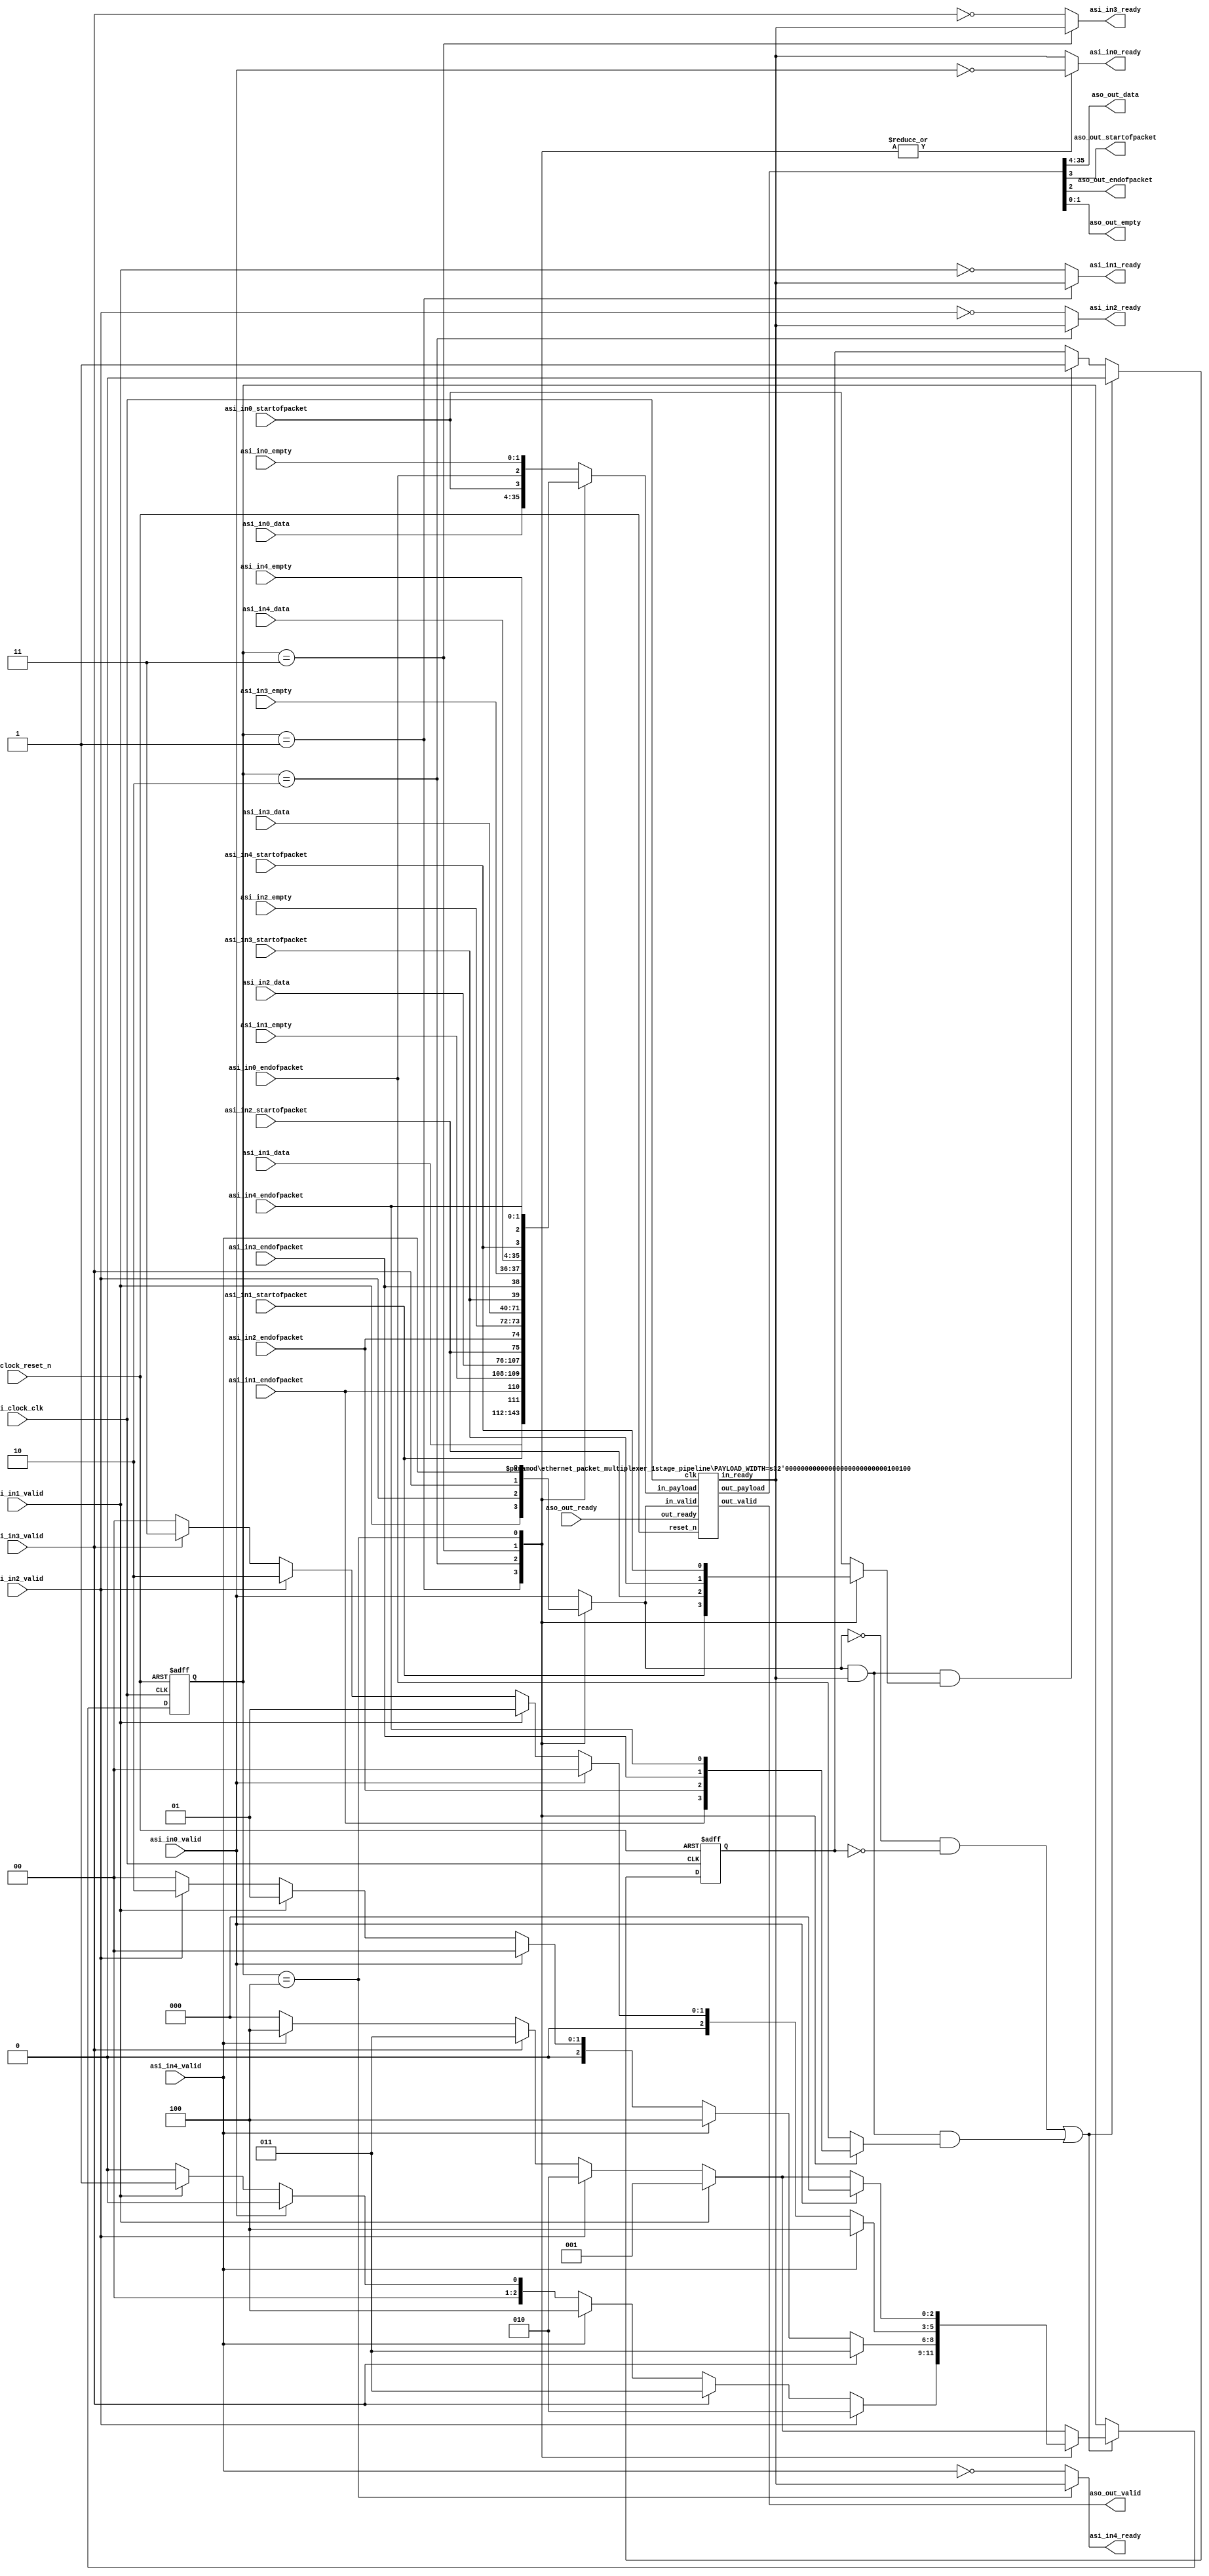
//
//  ethernet_packet_multiplexer
//
//  This component multiplexes 5 Avalon ST sink interfaces out one Avalon ST
//  source interface.  Once a pending channel is selected to transmit its data,
//  the mux allows the entire packet from that channel to transmit out the
//  source interface.  There is no arbitration applied to the multiplexing
//  schedule, it follows a simple round robin schedule of pending channels.
//
module ethernet_packet_multiplexer (    
    
      // Interface: clk
      input              csi_clock_clk,
      input              csi_clock_reset_n,
      // Interface: in0
      input              asi_in0_valid,
      output reg         asi_in0_ready,
      input      [31: 0] asi_in0_data,
      input              asi_in0_startofpacket,
      input              asi_in0_endofpacket,
      input      [ 1: 0] asi_in0_empty,
      // Interface: in1
      input              asi_in1_valid,
      output reg         asi_in1_ready,
      input      [31: 0] asi_in1_data,
      input              asi_in1_startofpacket,
      input              asi_in1_endofpacket,
      input      [ 1: 0] asi_in1_empty,
      // Interface: in2
      input              asi_in2_valid,
      output reg         asi_in2_ready,
      input      [31: 0] asi_in2_data,
      input              asi_in2_startofpacket,
      input              asi_in2_endofpacket,
      input      [ 1: 0] asi_in2_empty,
      // Interface: in3
      input              asi_in3_valid,
      output reg         asi_in3_ready,
      input      [31: 0] asi_in3_data,
      input              asi_in3_startofpacket,
      input              asi_in3_endofpacket,
      input      [ 1: 0] asi_in3_empty,
      // Interface: in4
      input              asi_in4_valid,
      output reg         asi_in4_ready,
      input      [31: 0] asi_in4_data,
      input              asi_in4_startofpacket,
      input              asi_in4_endofpacket,
      input      [ 1: 0] asi_in4_empty,
      // Interface: out
      output reg         aso_out_valid,
      input              aso_out_ready,
      output reg [31: 0] aso_out_data,
      output reg         aso_out_startofpacket,
      output reg         aso_out_endofpacket,
      output reg [ 1: 0] aso_out_empty
);

   // ---------------------------------------------------------------------
   //| Signal Declarations
   // ---------------------------------------------------------------------
   reg  [35: 0] asi_in0_payload;
   reg  [35: 0] asi_in1_payload;
   reg  [35: 0] asi_in2_payload;
   reg  [35: 0] asi_in3_payload;
   reg  [35: 0] asi_in4_payload;

   reg  [ 2: 0] decision = 0;      
   reg  [ 2: 0] select = 0;
   reg          selected_endofpacket = 0;
   reg          selected_startofpacket = 0;
   reg          selected_valid;
   wire         selected_ready;
   reg  [35: 0] selected_payload;
   reg  [ 1: 0] counter;

   reg          in_a_packet;
   wire         out_valid_wire;
   
   wire [35: 0] out_payload;

   // ---------------------------------------------------------------------
   //| Input Mapping
   // ---------------------------------------------------------------------
   always @* begin
     asi_in0_payload <= {asi_in0_data,asi_in0_startofpacket,asi_in0_endofpacket,asi_in0_empty};
     asi_in1_payload <= {asi_in1_data,asi_in1_startofpacket,asi_in1_endofpacket,asi_in1_empty};
     asi_in2_payload <= {asi_in2_data,asi_in2_startofpacket,asi_in2_endofpacket,asi_in2_empty};
     asi_in3_payload <= {asi_in3_data,asi_in3_startofpacket,asi_in3_endofpacket,asi_in3_empty};
     asi_in4_payload <= {asi_in4_data,asi_in4_startofpacket,asi_in4_endofpacket,asi_in4_empty};
   end
   
   // ---------------------------------------------------------------------
   //| Scheduling Algorithm
   // ---------------------------------------------------------------------
   always @* begin
         
      decision <= 0;
      case(select) 
         0 : begin
            if (asi_in0_valid) decision <= 0;
            if (asi_in4_valid) decision <= 4;
            if (asi_in3_valid) decision <= 3;
            if (asi_in2_valid) decision <= 2;
            if (asi_in1_valid) decision <= 1;
         end  
         1 : begin
            if (asi_in1_valid) decision <= 1;
            if (asi_in0_valid) decision <= 0;
            if (asi_in4_valid) decision <= 4;
            if (asi_in3_valid) decision <= 3;
            if (asi_in2_valid) decision <= 2;
         end  
         2 : begin
            if (asi_in2_valid) decision <= 2;
            if (asi_in1_valid) decision <= 1;
            if (asi_in0_valid) decision <= 0;
            if (asi_in4_valid) decision <= 4;
            if (asi_in3_valid) decision <= 3;
         end  
         3 : begin
            if (asi_in3_valid) decision <= 3;
            if (asi_in2_valid) decision <= 2;
            if (asi_in1_valid) decision <= 1;
            if (asi_in0_valid) decision <= 0;
            if (asi_in4_valid) decision <= 4;
         end  
         4 : begin
            if (asi_in4_valid) decision <= 4;
            if (asi_in3_valid) decision <= 3;
            if (asi_in2_valid) decision <= 2;
            if (asi_in1_valid) decision <= 1;
            if (asi_in0_valid) decision <= 0;
         end  
         default : begin // Same as '0', should never get used.
            if (asi_in0_valid) decision <= 0;
            if (asi_in4_valid) decision <= 4;
            if (asi_in3_valid) decision <= 3;
            if (asi_in2_valid) decision <= 2;
            if (asi_in1_valid) decision <= 1;
         end  
      endcase   
   end

   // ---------------------------------------------------------------------
   //| Capture Decision
   // ---------------------------------------------------------------------
   always @ (negedge csi_clock_reset_n, posedge csi_clock_clk) begin
      if (!csi_clock_reset_n) begin
         select <= 0;
         in_a_packet <= 0;
      end else begin
         if (
                ((selected_valid == 0) && (in_a_packet == 0)) || 
                ((selected_valid == 1) && (selected_ready == 1) && (selected_endofpacket))
            ) begin
            select <= decision;
            in_a_packet <= 0;
         end
         else if ((selected_valid == 1) && (selected_ready == 1) && (selected_startofpacket)) begin
            in_a_packet <= 1;
         end
      end
   end

   // ---------------------------------------------------------------------
   //| Mux
   // ---------------------------------------------------------------------
   always @* begin
      case(select) 
         0 : begin
            selected_payload <= asi_in0_payload;         
            selected_valid   <= asi_in0_valid;
            selected_endofpacket <= asi_in0_endofpacket;
            selected_startofpacket <= asi_in0_startofpacket;
         end  
         1 : begin
            selected_payload <= asi_in1_payload;         
            selected_valid   <= asi_in1_valid;
            selected_endofpacket <= asi_in1_endofpacket;
            selected_startofpacket <= asi_in1_startofpacket;
         end  
         2 : begin
            selected_payload <= asi_in2_payload;         
            selected_valid   <= asi_in2_valid;
            selected_endofpacket <= asi_in2_endofpacket;
            selected_startofpacket <= asi_in2_startofpacket;
         end  
         3 : begin
            selected_payload <= asi_in3_payload;         
            selected_valid   <= asi_in3_valid;
            selected_endofpacket <= asi_in3_endofpacket;
            selected_startofpacket <= asi_in3_startofpacket;
         end  
         4 : begin
            selected_payload <= asi_in4_payload;         
            selected_valid   <= asi_in4_valid;
            selected_endofpacket <= asi_in4_endofpacket;
            selected_startofpacket <= asi_in4_startofpacket;
         end  
         default : begin
            selected_payload <= asi_in0_payload;         
            selected_valid <= asi_in0_valid;
            selected_endofpacket <= asi_in0_endofpacket;
            selected_startofpacket <= asi_in0_startofpacket;
         end
      endcase

   end

   // ---------------------------------------------------------------------
   //| Back Pressure
   // ---------------------------------------------------------------------
   always @* begin
      asi_in0_ready <= ~asi_in0_valid   ;
      asi_in1_ready <= ~asi_in1_valid   ;
      asi_in2_ready <= ~asi_in2_valid   ;
      asi_in3_ready <= ~asi_in3_valid   ;
      asi_in4_ready <= ~asi_in4_valid   ;
      case(select) 
         0 : asi_in0_ready <= selected_ready;
         1 : asi_in1_ready <= selected_ready;
         2 : asi_in2_ready <= selected_ready;
         3 : asi_in3_ready <= selected_ready;
         4 : asi_in4_ready <= selected_ready;
         default : asi_in0_ready <= selected_ready;
      endcase
   end

   // ---------------------------------------------------------------------
   //| output Pipeline
   // ---------------------------------------------------------------------
   ethernet_packet_multiplexer_1stage_pipeline #( .PAYLOAD_WIDTH( 36 ) ) outpipe (
        .clk            (csi_clock_clk ),
        .reset_n        (csi_clock_reset_n),
        .in_ready       (selected_ready),
        .in_valid       (selected_valid), 
        .in_payload     (selected_payload),
        .out_ready      (aso_out_ready), 
        .out_valid      (out_valid_wire), 
        .out_payload    (out_payload)
    );
   
   // ---------------------------------------------------------------------
   //| Output Mapping
   // ---------------------------------------------------------------------
   always @* begin
     aso_out_valid   <= out_valid_wire;
     {aso_out_data,aso_out_startofpacket,aso_out_endofpacket,aso_out_empty} <= out_payload;
   end


endmodule

//  --------------------------------------------------------------------------------
// | single buffered pipeline stage
//  --------------------------------------------------------------------------------
module ethernet_packet_multiplexer_1stage_pipeline  
#( parameter PAYLOAD_WIDTH = 8 )
 ( input                          clk,
   input                          reset_n, 
   output reg                     in_ready,
   input                          in_valid,   
   input      [PAYLOAD_WIDTH-1:0] in_payload,
   input                          out_ready,   
   output reg                     out_valid,
   output reg [PAYLOAD_WIDTH-1:0] out_payload      
 );
      
   always @* begin
     in_ready <= out_ready || ~out_valid;
   end
   
   always @ (negedge reset_n, posedge clk) begin
      if (!reset_n) begin
         out_valid <= 0;
         out_payload <= 0;
      end else begin
         if (in_valid) begin
           out_valid <= 1;
         end else if (out_ready) begin
           out_valid <= 0;
         end
         
         if(in_valid && in_ready) begin
            out_payload <= in_payload;
         end
      end
   end

endmodule